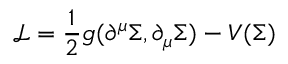
{ \mathcal { L } } = { \frac { 1 } { 2 } } g ( \partial ^ { \mu } \Sigma , \partial _ { \mu } \Sigma ) - V ( \Sigma )